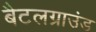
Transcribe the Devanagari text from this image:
बैटलग्राउंड